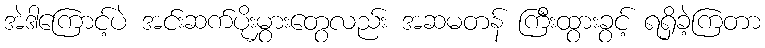
အဲဒါကြောင့်ပဲ အင်းဆက်ပိုးမွှားတွေလည်း အဆမတန် ကြီးထွားခွင့် ရရှိခဲ့ကြတာ